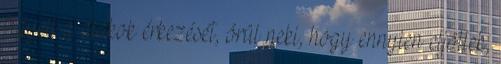
figyeli a diákok érkezését, örül neki, hogy ennyien eljöttek,